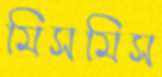
মিসমিস